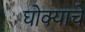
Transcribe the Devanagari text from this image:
घोक्याचे